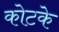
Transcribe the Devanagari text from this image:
कोटके